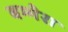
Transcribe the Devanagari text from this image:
बम्मेरा